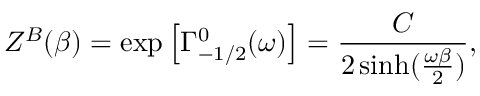
Z ^ { B } ( \beta ) = \exp \left[ \Gamma _ { - 1 / 2 } ^ { 0 } ( \omega ) \right] = { \frac { C } { 2 \sinh ( { \frac { \omega \beta } { 2 } } ) } } ,